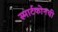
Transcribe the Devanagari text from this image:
स्मार्टफोनची